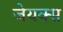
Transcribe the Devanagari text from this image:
जेयक्स